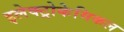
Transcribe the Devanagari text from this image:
इलेक्ट्रोकेमिकल